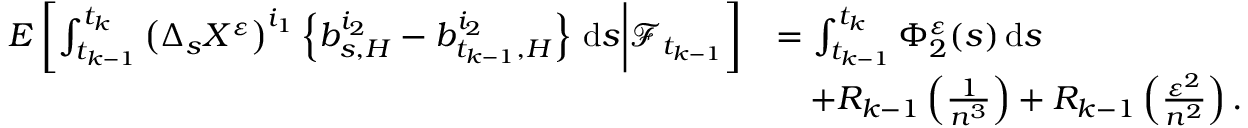
\begin{array} { r l } { E \left[ \int _ { t _ { k - 1 } } ^ { t _ { k } } \left( \Delta _ { s } X ^ { \varepsilon } \right) ^ { i _ { 1 } } \left\{ b _ { s , H } ^ { i _ { 2 } } - b _ { t _ { k - 1 } , H } ^ { i _ { 2 } } \right\} \, \mathrm { d } s \bigg | \mathcal { F } _ { t _ { k - 1 } } \right] } & { = \int _ { t _ { k - 1 } } ^ { t _ { k } } \Phi _ { 2 } ^ { \varepsilon } ( s ) \, \mathrm { d } s } \\ & { \quad + R _ { k - 1 } \left( \frac { 1 } { n ^ { 3 } } \right) + R _ { k - 1 } \left( \frac { \varepsilon ^ { 2 } } { n ^ { 2 } } \right) . } \end{array}